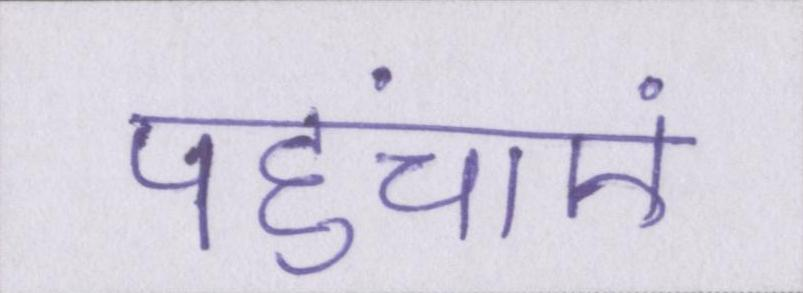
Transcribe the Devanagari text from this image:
पहुंचाएं